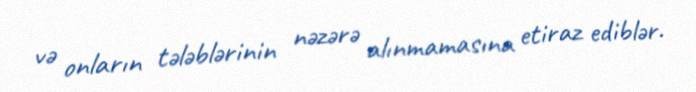
və onların tələblərinin nəzərə alınmamasına etiraz ediblər.